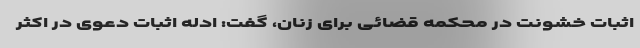
اثبات خشونت در محکمه قضائی برای زنان، گفت: ادله اثبات دعوی در اکثر